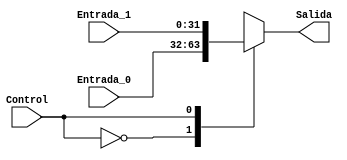
`timescale 1ns / 1ps
//////////////////////////////////////////////////////////////////////////////////
// Company: 
// Engineer: 
// 
// Design Name: 
// Module Name: Mux_2a1_32bits
// Project Name: 
// Target Devices: 
// Tool Versions: 
// Description: 
// 
// Dependencies: 
// 
// Revision:
// Revision 0.01 - File Created
// Additional Comments:
// 
//////////////////////////////////////////////////////////////////////////////////
// DOCUMENTACION
// El Mux 2 a 1 se utiliza con frecuencia en la implementacion de la arquitectura de RISCV implementada en la toma de decisiones para
// decidir el uso de uno u otro dato para guardar, cargar, concatenar o utilizar en una operacion de ALU, tiene dos entradas pero una unica salida
// podemos decidir cual de las entradas queremos que se refleje a la salida del Mux, tanto sus entradas como su salida son de 32 bits
//////////////////////////////////////////////////////////////////////////////////

module Mux_2a1_32bits(          //  Tiene como fin el poder elegir entre cualquiera de dos entradas de 32 bits a su salida
    input  Control,             //  Controla cual entrada se muestra a la salida
    input [31:0] Entrada_0,     //  Entrada 0 de 32 bits
    input [31:0] Entrada_1,     //  Entrada 1 de 32 bits
    output reg [31:0] Salida    //  Salida de 32 bits
    );
    
    always @(*)                             //  Siempre que se de un cambio en sus entradas o en el control se actualiza
		case(Control)                       //  Se revisa el valor del control
			1'b0: Salida <= Entrada_0;      //  Si el control esta en 0, se muestra a la salida la entrada 0
			1'b1: Salida <= Entrada_1;      //  Si el control esta en 1, se muestra a la salida la entrada 1
		endcase
endmodule